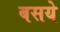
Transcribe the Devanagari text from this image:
बसये